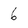
Character: 6